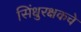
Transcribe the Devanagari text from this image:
सिंधुरक्षकचे